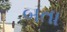
બતા